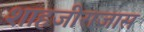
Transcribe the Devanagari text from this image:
शाहजीराजास